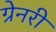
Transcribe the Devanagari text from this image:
ग्रेनरी